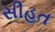
સીહત